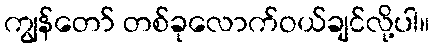
ကျွန်တော် တစ်ခုလောက်ဝယ်ချင်လို့ပါ။